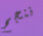
ننجح